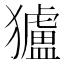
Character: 獹